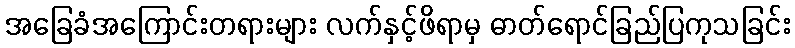
အခြေခံအကြောင်းတရားများ လက်နှင့်ဖိရာမှ ဓာတ်ရောင်ခြည်ပြကုသခြင်း